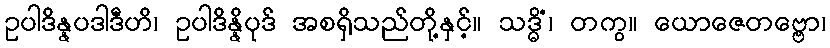
ဥပါဒိန္နပဒါဒီဟိ၊ ဥပါဒိန္နိပုဒ် အစရှိသည်တို့နှင့်။ သဒ္ဓိံ၊ တကွ။ ယောဇေတဗ္ဗော၊